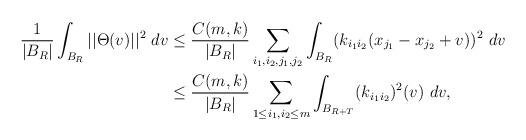
LaTeX: \begin{align*}\frac{1}{|B_R|} \int_{B_R} ||\Theta(v)||^2 \ dv &\leq \frac{C(m,k)}{|B_R|} \sum_{i_1,i_2,j_1,j_2} \int_{B_R} (k_{i_1 i _2}(x_{j_1} - x_{j_2} +v))^2 \ dv\\&\leq \frac{C(m,k)}{|B_R|} \sum_{1 \leq i_1,i_2 \leq m}\int_{B_{R+T}} (k_{i_1 i_2})^2(v) \ dv,\end{align*}